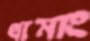
থামাং